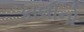
કાલીનો